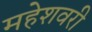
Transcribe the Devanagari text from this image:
महेशवरी